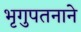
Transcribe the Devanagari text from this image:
भृगुपतनाने